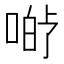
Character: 𱓡